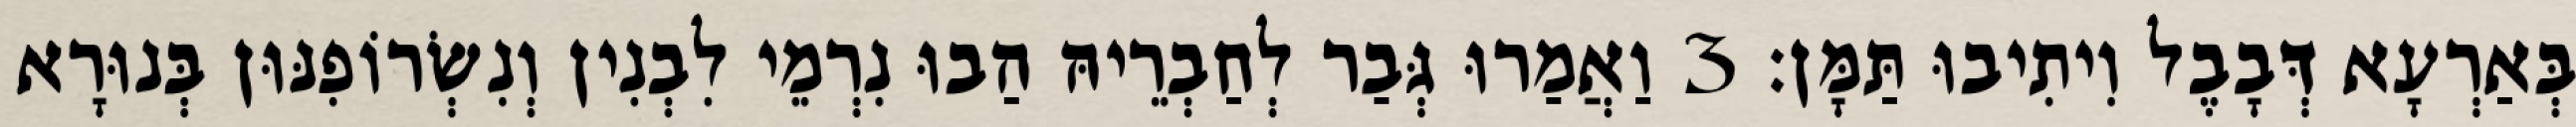
בְּאַרְעָא דְּבָבֶל וִיתִיבוּ תַּמָּן׃ 3 וַאֲמַרוּ גְּבַר לְחַבְרֵיהּ הַבוּ נִרְמֵי לִבְנִין וְנִשְׂרוֹפִנּוּן בְּנוּרָא